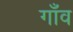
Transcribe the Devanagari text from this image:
गाँँव